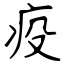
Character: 疫